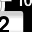
Digit: 2